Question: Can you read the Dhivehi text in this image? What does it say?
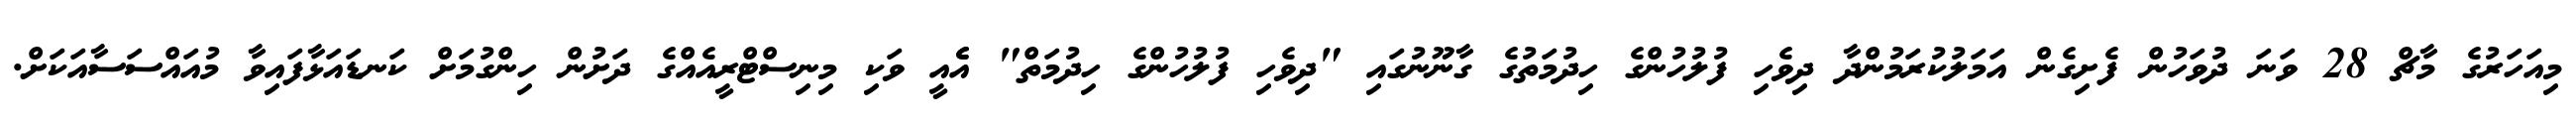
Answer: މިއަހަރުގެ މާޗް 28 ވަނަ ދުވަހުން ފެށިގެން އަމަލުކުރަމުންދާ ދިވެހި ފުލުހުންގެ ހިދުމަތުގެ ގާނޫނުގައި "ދިވެހި ފުލުހުންގެ ހިދުމަތް" އެެއީ ވަކި މިނިސްޓްރީއެއްގެ ދަށުން ހިންގުމަށް ކަނޑައަޅާފައިވާ މުއައްސަސާއަކަށް.